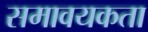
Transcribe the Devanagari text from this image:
समावयकता